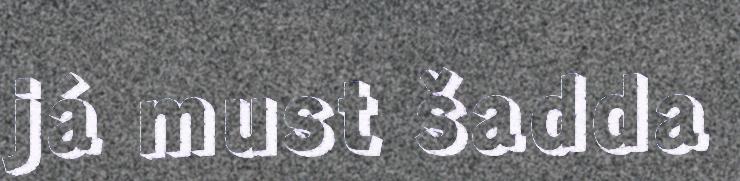
já must šadda